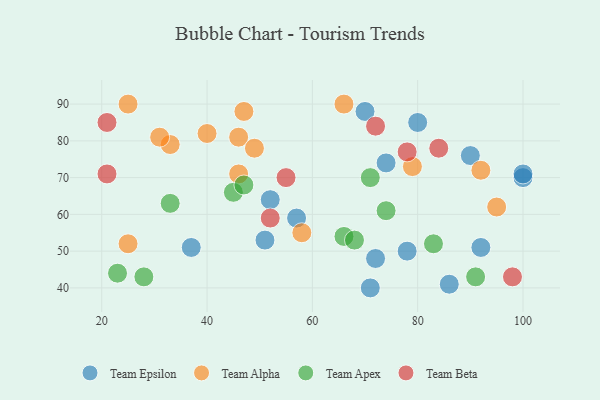
{"axis": {"x": "GDP", "y": "Life Expectancy"}, "legend": ["Team Alpha", "Team Apex", "Team Beta", "Team Epsilon"], "data": [{"x": "37", "y": 51, "type": "Team Epsilon"}, {"x": "86", "y": 41, "type": "Team Epsilon"}, {"x": "80", "y": 85, "type": "Team Epsilon"}, {"x": "90", "y": 76, "type": "Team Epsilon"}, {"x": "78", "y": 50, "type": "Team Epsilon"}, {"x": "100", "y": 70, "type": "Team Epsilon"}, {"x": "57", "y": 59, "type": "Team Epsilon"}, {"x": "52", "y": 64, "type": "Team Epsilon"}, {"x": "71", "y": 40, "type": "Team Epsilon"}, {"x": "72", "y": 48, "type": "Team Epsilon"}, {"x": "51", "y": 53, "type": "Team Epsilon"}, {"x": "70", "y": 88, "type": "Team Epsilon"}, {"x": "74", "y": 74, "type": "Team Epsilon"}, {"x": "92", "y": 51, "type": "Team Epsilon"}, {"x": "100", "y": 71, "type": "Team Epsilon"}, {"x": "25", "y": 52, "type": "Team Alpha"}, {"x": "79", "y": 73, "type": "Team Alpha"}, {"x": "46", "y": 81, "type": "Team Alpha"}, {"x": "33", "y": 79, "type": "Team Alpha"}, {"x": "95", "y": 62, "type": "Team Alpha"}, {"x": "46", "y": 71, "type": "Team Alpha"}, {"x": "40", "y": 82, "type": "Team Alpha"}, {"x": "58", "y": 55, "type": "Team Alpha"}, {"x": "66", "y": 90, "type": "Team Alpha"}, {"x": "25", "y": 90, "type": "Team Alpha"}, {"x": "31", "y": 81, "type": "Team Alpha"}, {"x": "92", "y": 72, "type": "Team Alpha"}, {"x": "47", "y": 88, "type": "Team Alpha"}, {"x": "49", "y": 78, "type": "Team Alpha"}, {"x": "45", "y": 66, "type": "Team Apex"}, {"x": "71", "y": 70, "type": "Team Apex"}, {"x": "28", "y": 43, "type": "Team Apex"}, {"x": "66", "y": 54, "type": "Team Apex"}, {"x": "23", "y": 44, "type": "Team Apex"}, {"x": "74", "y": 61, "type": "Team Apex"}, {"x": "91", "y": 43, "type": "Team Apex"}, {"x": "83", "y": 52, "type": "Team Apex"}, {"x": "68", "y": 53, "type": "Team Apex"}, {"x": "47", "y": 68, "type": "Team Apex"}, {"x": "33", "y": 63, "type": "Team Apex"}, {"x": "78", "y": 77, "type": "Team Beta"}, {"x": "98", "y": 43, "type": "Team Beta"}, {"x": "52", "y": 59, "type": "Team Beta"}, {"x": "55", "y": 70, "type": "Team Beta"}, {"x": "21", "y": 71, "type": "Team Beta"}, {"x": "72", "y": 84, "type": "Team Beta"}, {"x": "21", "y": 85, "type": "Team Beta"}, {"x": "84", "y": 78, "type": "Team Beta"}]}